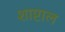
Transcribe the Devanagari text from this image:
शाप्टाल